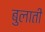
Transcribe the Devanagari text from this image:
बुलातीं